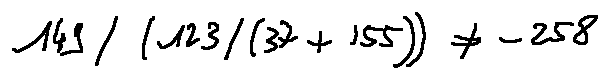
1 4 9 / ( 1 2 3 / ( 3 7 + 1 5 5 ) ) \neq - 2 5 8